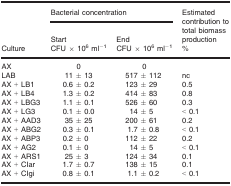
<table><thead><tr><td rowspan="3"><b>Culture</b></td><td colspan="2"><b>Bacterial concentration</b></td><td rowspan="2"><b>Estimated contribution to total biomass production</b></td></tr><tr><td><b>Start</b></td><td><b>End</b></td></tr><tr><td><b>CFU × 10<sup>6</sup> ml<sup>−1</sup></b></td><td><b>CFU × 10<sup>6</sup> ml<sup>−1</sup></b></td><td><b>%</b></td></tr></thead><tbody><tr><td>AX</td><td>0</td><td>0</td><td></td></tr><tr><td>LAB</td><td>11 ± 13</td><td>517 ± 112</td><td>nc</td></tr><tr><td>AX + LB1</td><td>0.6 ± 0.2</td><td>123 ± 29</td><td>0.5</td></tr><tr><td>AX + LB4</td><td>1.3 ± 0.2</td><td>414 ± 83</td><td>0.8</td></tr><tr><td>AX + LBG3</td><td>1.1 ± 0.1</td><td>526 ± 60</td><td>0.3</td></tr><tr><td>AX + LG3</td><td>0.1 ± 0.0</td><td>14 ± 5</td><td>&lt; 0.1</td></tr><tr><td>AX + AAD3</td><td>35 ± 25</td><td>200 ± 61</td><td>0.2</td></tr><tr><td>AX + ABG2</td><td>0.3 ± 0.1</td><td>1.7 ± 0.8</td><td>&lt; 0.1</td></tr><tr><td>AX + ABP3</td><td>0.2 ± 0</td><td>112 ± 22</td><td>0.2</td></tr><tr><td>AX + AG2</td><td>0.1 ± 0</td><td>14 ± 5</td><td>&lt; 0.1</td></tr><tr><td>AX + ARS1</td><td>25 ± 3</td><td>124 ± 34</td><td>0.1</td></tr><tr><td>AX + CIar</td><td>1.7 ± 0.7</td><td>138 ± 15</td><td>0.1</td></tr><tr><td>AX + CIgi</td><td>0.8 ± 0.1</td><td>1.1 ± 0.2</td><td>&lt; 0.1</td></tr></tbody></table>